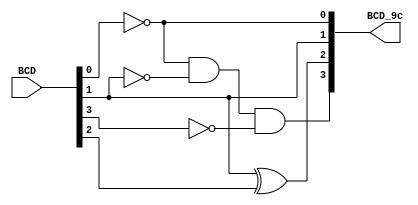
module Lab2_BCD_9c_df(input [3:0] BCD, output [3:0] BCD_9c);

  assign BCD_9c[0] = !BCD[0];
  assign BCD_9c[1] = BCD[1];
  assign BCD_9c[2] = BCD[1] ^ BCD[2];
  assign BCD_9c[3] = (!BCD[0]) & (!BCD[1]) & (!BCD[3]);

endmodule